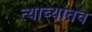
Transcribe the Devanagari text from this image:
त्याच्यातच